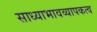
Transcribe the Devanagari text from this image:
साध्याभावव्यापकत्व